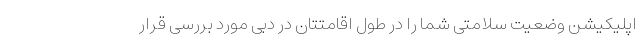
اپلیکیشن وضعیت سلامتی شما را در طول اقامتتان در دبی مورد بررسی قرار